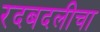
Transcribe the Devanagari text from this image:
रदबदलीचा